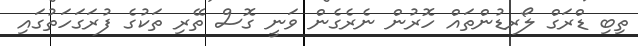
ތިބި ޑްރަގް ލޯރޑުންތައް ހޮރުން ނެރެގެން ވަނީ ގޮސް ތޭރި ތަކުގެ ފުރަގަހަތުގައި